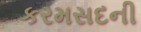
કરમસદની